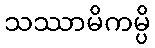
သဿာမိကမ္ပိ